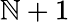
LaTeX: \mathbb{N}+1